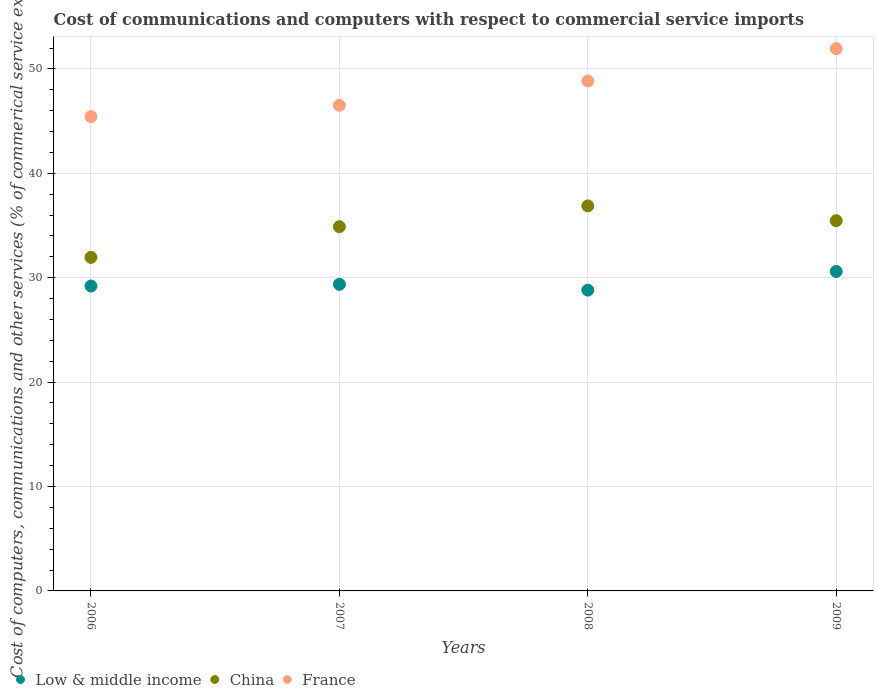
| Years | Low & middle income | China | France |
 | --- | --- | --- | --- |
 | 2006 | 29.2 | 31.9 | 45.4 |
 | 2007 | 29.4 | 34.9 | 46.5 |
 | 2008 | 28.8 | 36.9 | 48.8 |
 | 2009 | 30.6 | 35.5 | 51.9 |